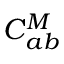
C _ { a b } ^ { M }